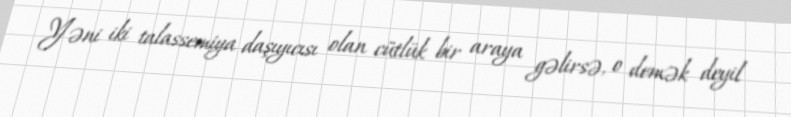
Yəni iki talassemiya daşıyıcısı olan cütlük bir araya gəlirsə, o demək deyil